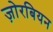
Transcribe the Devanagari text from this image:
ज़ोरबियन